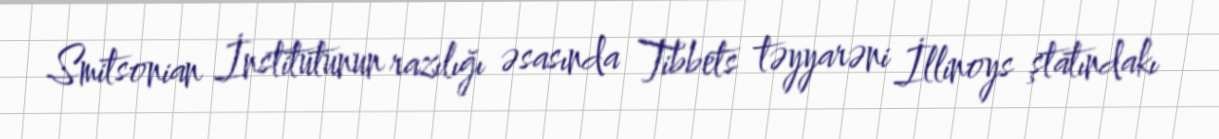
Smitsonian İnstitutunun razılığı əsasında Tibbets təyyarəni İllinoys ştatındakı